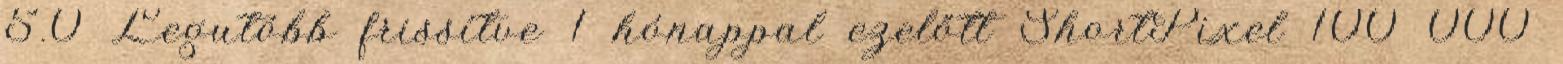
5.0 Legutóbb frissítve 1 hónappal ezelőtt ShortPixel 100 000